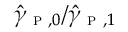
\hat { \gamma } _ { \textsc { p } , 0 } / \hat { \gamma } _ { \textsc { p } , 1 }